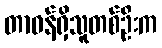
တာဝန်ရှိသူတစ်ဦးက